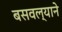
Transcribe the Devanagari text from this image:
बसवल्याने